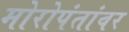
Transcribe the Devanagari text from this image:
मोरोपंतांवर